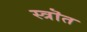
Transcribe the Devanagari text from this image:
स्त्रॊत